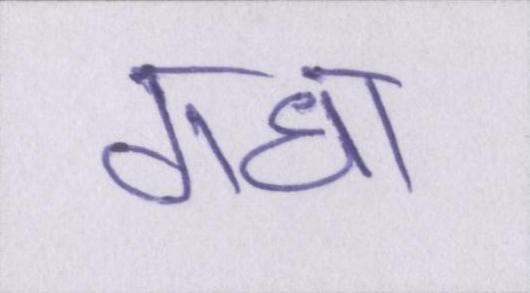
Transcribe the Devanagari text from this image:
गधा